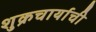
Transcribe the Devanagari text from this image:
शुक्रचार्याची